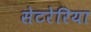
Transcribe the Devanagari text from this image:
सेटरेरिया